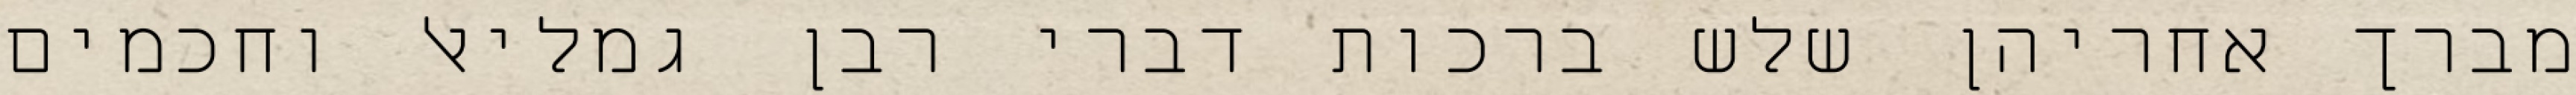
מברך אחריהן שלש ברכות דברי רבן גמליאל וחכמים